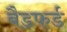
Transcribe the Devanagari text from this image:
बैडफर्ड